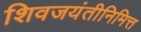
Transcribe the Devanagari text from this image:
शिवजयंतीनिमित्त